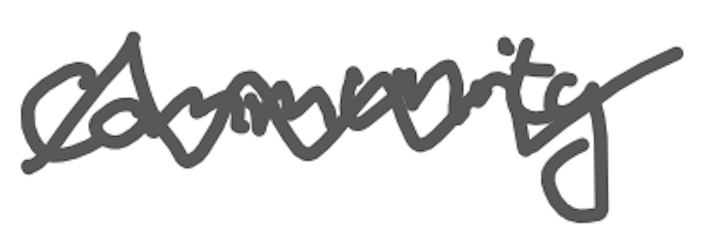
Text: community
Cross-out: zig-zag
Writing tool: digital_gray